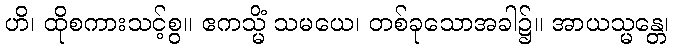
ဟိ၊ ထိုစကားသင့်စွ။ ဧကသ္မိံ သမယေ၊ တစ်ခုသောအခါ၌။ အာယသ္မန္တေ၊